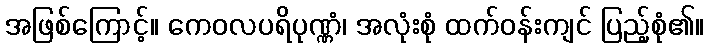
အဖြစ်ကြောင့်။ ကေဝလပရိပုဏ္ဏံ၊ အလုံးစုံ ထက်ဝန်းကျင် ပြည့်စုံ၏။